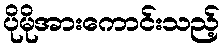
ပိုမိုအားကောင်းသည့်